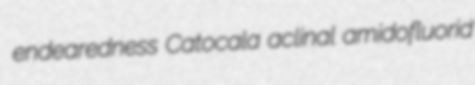
endearedness Catocala aclinal amidofluorid